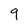
Character: 9